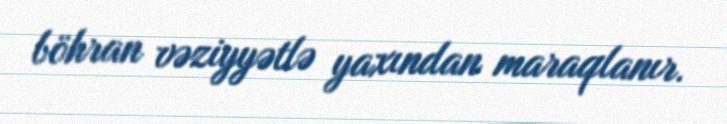
böhran vəziyyətlə yaxından maraqlanır.